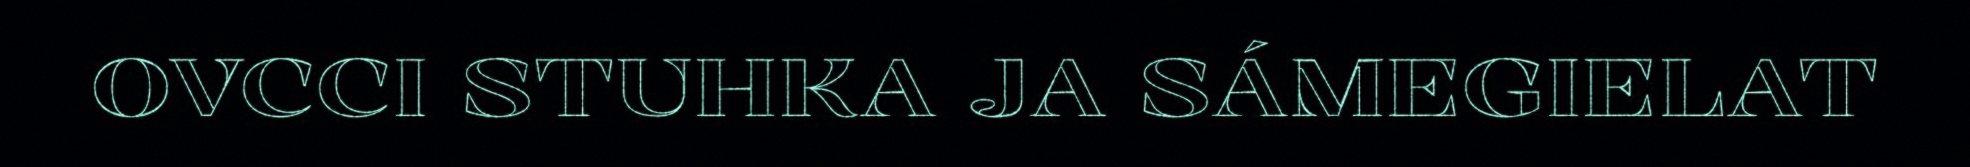
OVCCI STUHKA JA SÁMEGIELAT